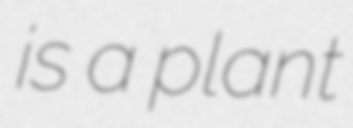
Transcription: is a plant